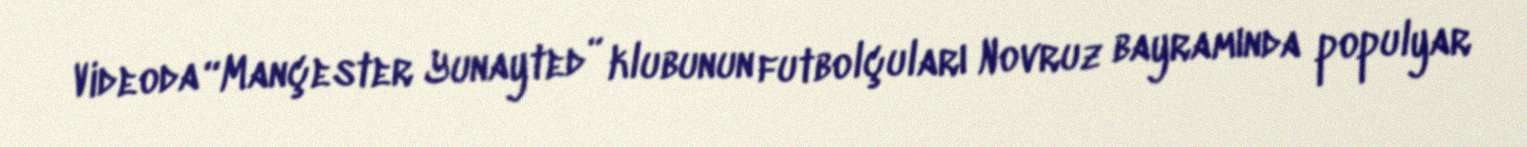
Videoda “Mançester Yunayted” klubunun futbolçuları Novruz bayramında populyar